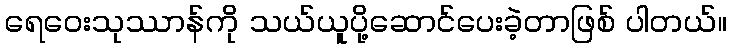
ရေဝေးသုဿာန်ကို သယ်ယူပို့ဆောင်ပေးခဲ့တာဖြစ် ပါတယ်။